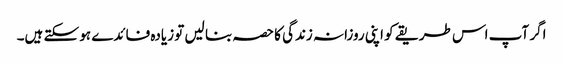
اگر آپ اس طریقے کو اپنی روزانہ زندگی کا حصہ بنا لیں تو زیادہ فائدے ہو سکتے ہیں۔